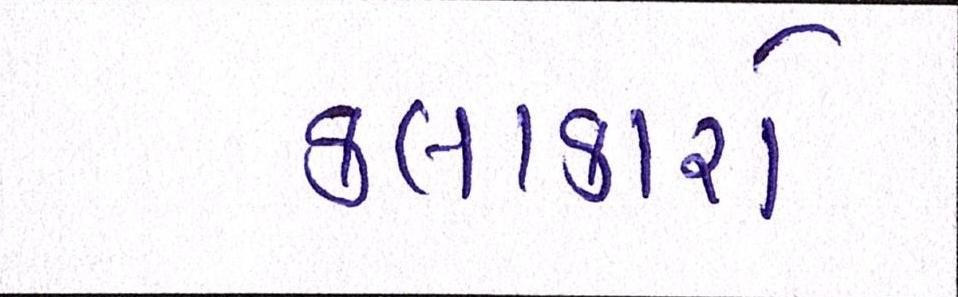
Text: કલાકારો